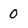
Character: 0